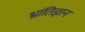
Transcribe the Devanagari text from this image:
भ्रांतिज्ञान